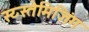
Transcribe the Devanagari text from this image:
स्य्स्तेमिज़िंग